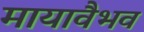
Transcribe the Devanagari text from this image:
मायावैभव